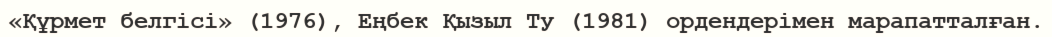
«Құрмет белгісі» (1976), Еңбек Қызыл Ту (1981) ордендерімен марапатталған.